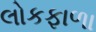
લોકફાળા